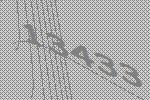
13433